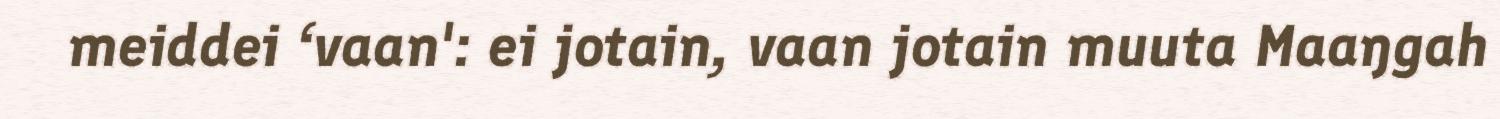
meiddei ‘vaan': ei jotain, vaan jotain muuta Maaŋgah